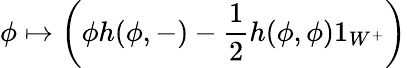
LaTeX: \phi\mapsto\left(\phi h(\phi,-)-{\frac{1}{2}}h(\phi,\phi)1_{W^{+}}\right)